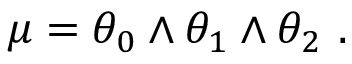
\mu = \theta _ { 0 } \wedge \theta _ { 1 } \wedge \theta _ { 2 } \ .